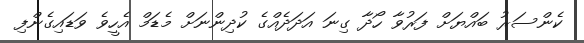
ކެންސަރު ބައްޔަށް ފަރުވާ ހޯދާ ގިނަ އަދަދެއްގެ ކުދިންނަށް މެޑަމް އެހީވެ ވަޑައިގެންފި